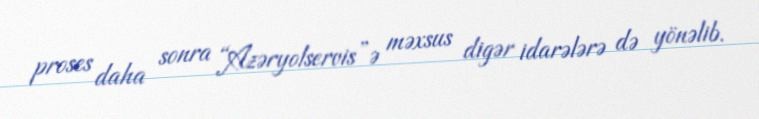
proses daha sonra “Azəryolservis”ə məxsus digər idarələrə də yönəlib.